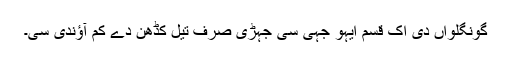
گونگلواں دی اک قسم ایہو جہی سی جہڑی صرف تیل کڈھن دے کم آؤندی سی۔